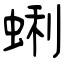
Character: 蜊